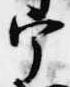
宰